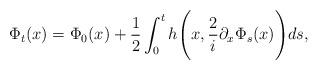
LaTeX: \begin{align*} \Phi_{t}(x) = \Phi_{0}(x) + \frac{1}{2} \int_{0}^{t} h\Bigg(x,\frac{2}{i}\partial_{x}\Phi_{s}(x)\Bigg) ds ,\end{align*}